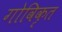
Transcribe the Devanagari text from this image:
गोविकृत